Language: tamil
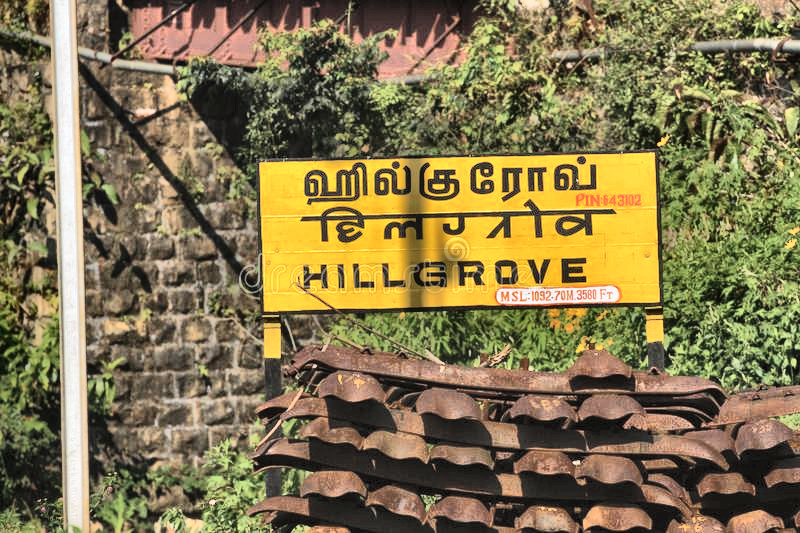
Transcription: ஹில்குரோவ்